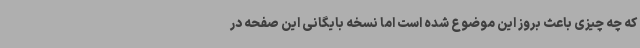
که چه چیزی باعث بروز این موضوع شده است اما نسخه بایگانی این صفحه در